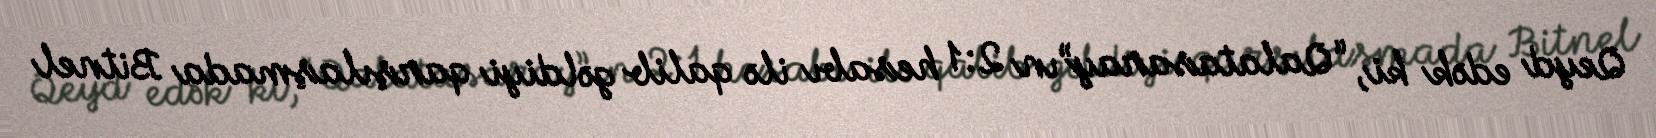
Qeyd edək ki, “Qalatasaray”ın 2:1 hesabı ilə qalib gəldiyi qarşılaşmada Bitnel